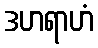
ဒဟရာဟံ